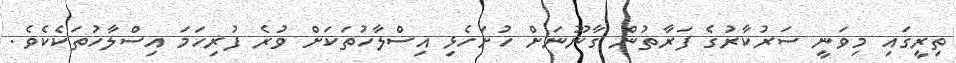
ތިރީގައި މިވަނީ ސަރުކާރުގެ ފަރާތުން ގާނޫނަށް ހުށަހެޅި އިސްލާހުތަކަށް ވުރެ ފުރިހަމަ އިސްލާހުތަކެކެވެ.